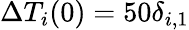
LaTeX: \Delta T_{i}(0)=50\delta_{i,1}